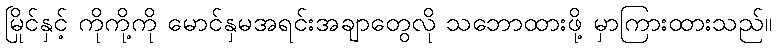
မြိုင်နှင့် ကိုကို့ကို မောင်နှမအရင်းအချာတွေလို သဘောထားဖို့ မှာကြားထားသည်။